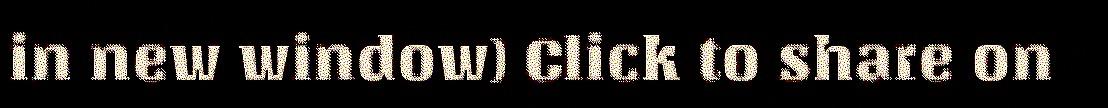
in new window) Click to share on